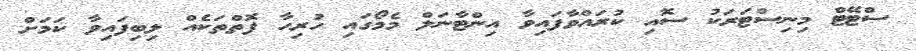
ސްޓޭޓް މިނިސްޓަރަކު ސޮއި ކުރައްވާފައިވާ އިންޓާނަލް މެމޯގައި ހުރިހާ ފޮތްތަކެއް ލިބިފައިވާ ކަމަށް